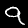
Digit: 9